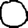
Digit: 0